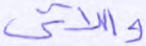
واللاتي